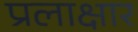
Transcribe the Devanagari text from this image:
प्रलाक्षार